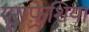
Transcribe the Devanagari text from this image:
यूराफ़्रेशिया